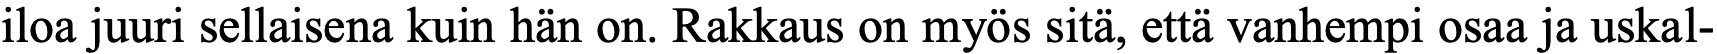
iloa juuri sellaisena kuin hän on. Rakkaus on myös sitä, että vanhempi osaa ja uskal-